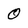
Character: 0